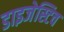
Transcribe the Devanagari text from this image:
डाइजेस्टिव